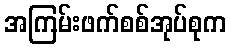
အကြမ်းဖက်စစ်အုပ်စုက